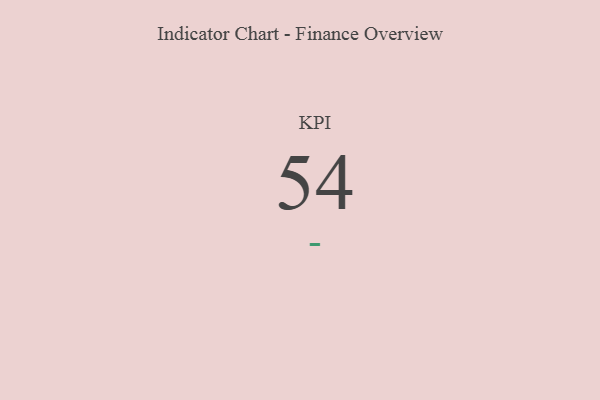
{"axis": {"x": "KPI", "y": "Value"}, "legend": [""], "data": [{"x": "KPI", "y": 54, "type": ""}]}